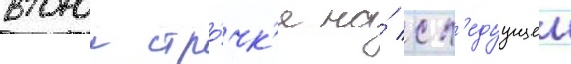
второи стро́чк'е на́ сл'едуущеи